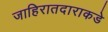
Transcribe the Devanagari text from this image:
जाहिरातदाराकडे